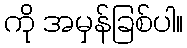
ကို အမှန်ခြစ်ပါ။